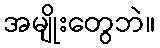
အမျိုးတွေဘဲ။